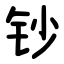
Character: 钞